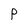
Character: P